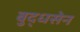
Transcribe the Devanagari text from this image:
बुद्धसेन